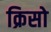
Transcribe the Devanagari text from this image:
क्रिसो